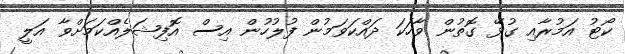
ކޯޓު އަމުރާއި ގުޅޭ ގޮތުން ވާހަކަ ދައްކަވަމުން ފުލުހުން އިސް އޮފިޝަލެއްކަމަށްވާ އަލީ